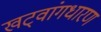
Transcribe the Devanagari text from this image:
खट्‌वांगधारण